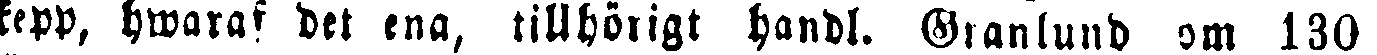
skepp, hwaraf det ena, tillhörigt handl. Granlund om 130